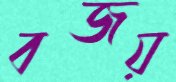
বজয়